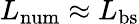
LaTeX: L_{\mathrm{num}}\approx{L_{\mathrm{bs}}}